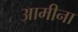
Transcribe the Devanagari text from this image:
आमीना